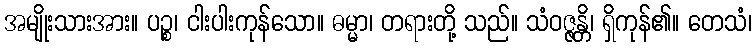
အမျိုးသားအား။ ပဉ္စ၊ ငါးပါးကုန်သော။ ဓမ္မာ၊ တရားတို့ သည်။ သံဝဇ္ဇန္တိ၊ ရှိကုန်၏။ တေသံ၊